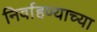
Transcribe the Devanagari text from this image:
निर्वाहण्याच्या